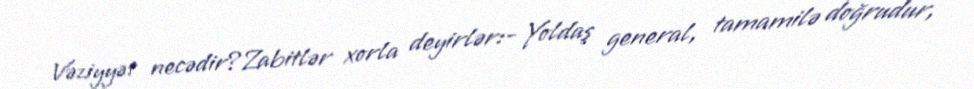
Vəziyyət necədir?Zabitlər xorla deyirlər:- Yoldaş general, tamamilə doğrudur,